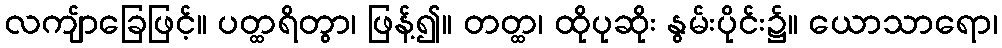
လကျ်ာခြေဖြင့်။ ပတ္ထရိတွာ၊ ဖြန့်၍။ တတ္ထ၊ ထိုပုဆိုး နွမ်းပိုင်း၌။ ယောသာရော၊